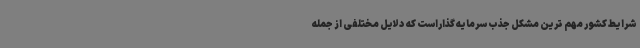
شرایط کشور مهم ترین مشکل جذب سرمایه گذاراست که دلایل مختلفی از جمله